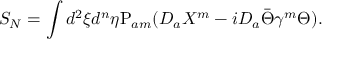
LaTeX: S _ { N } = \int d ^ { 2 } \xi d ^ { n } \eta \mathrm { P } _ { a m } ( D _ { a } X ^ { m } - i D _ { a } \bar { \Theta } \gamma ^ { m } \Theta ) .